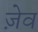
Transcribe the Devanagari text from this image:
ज़ेव